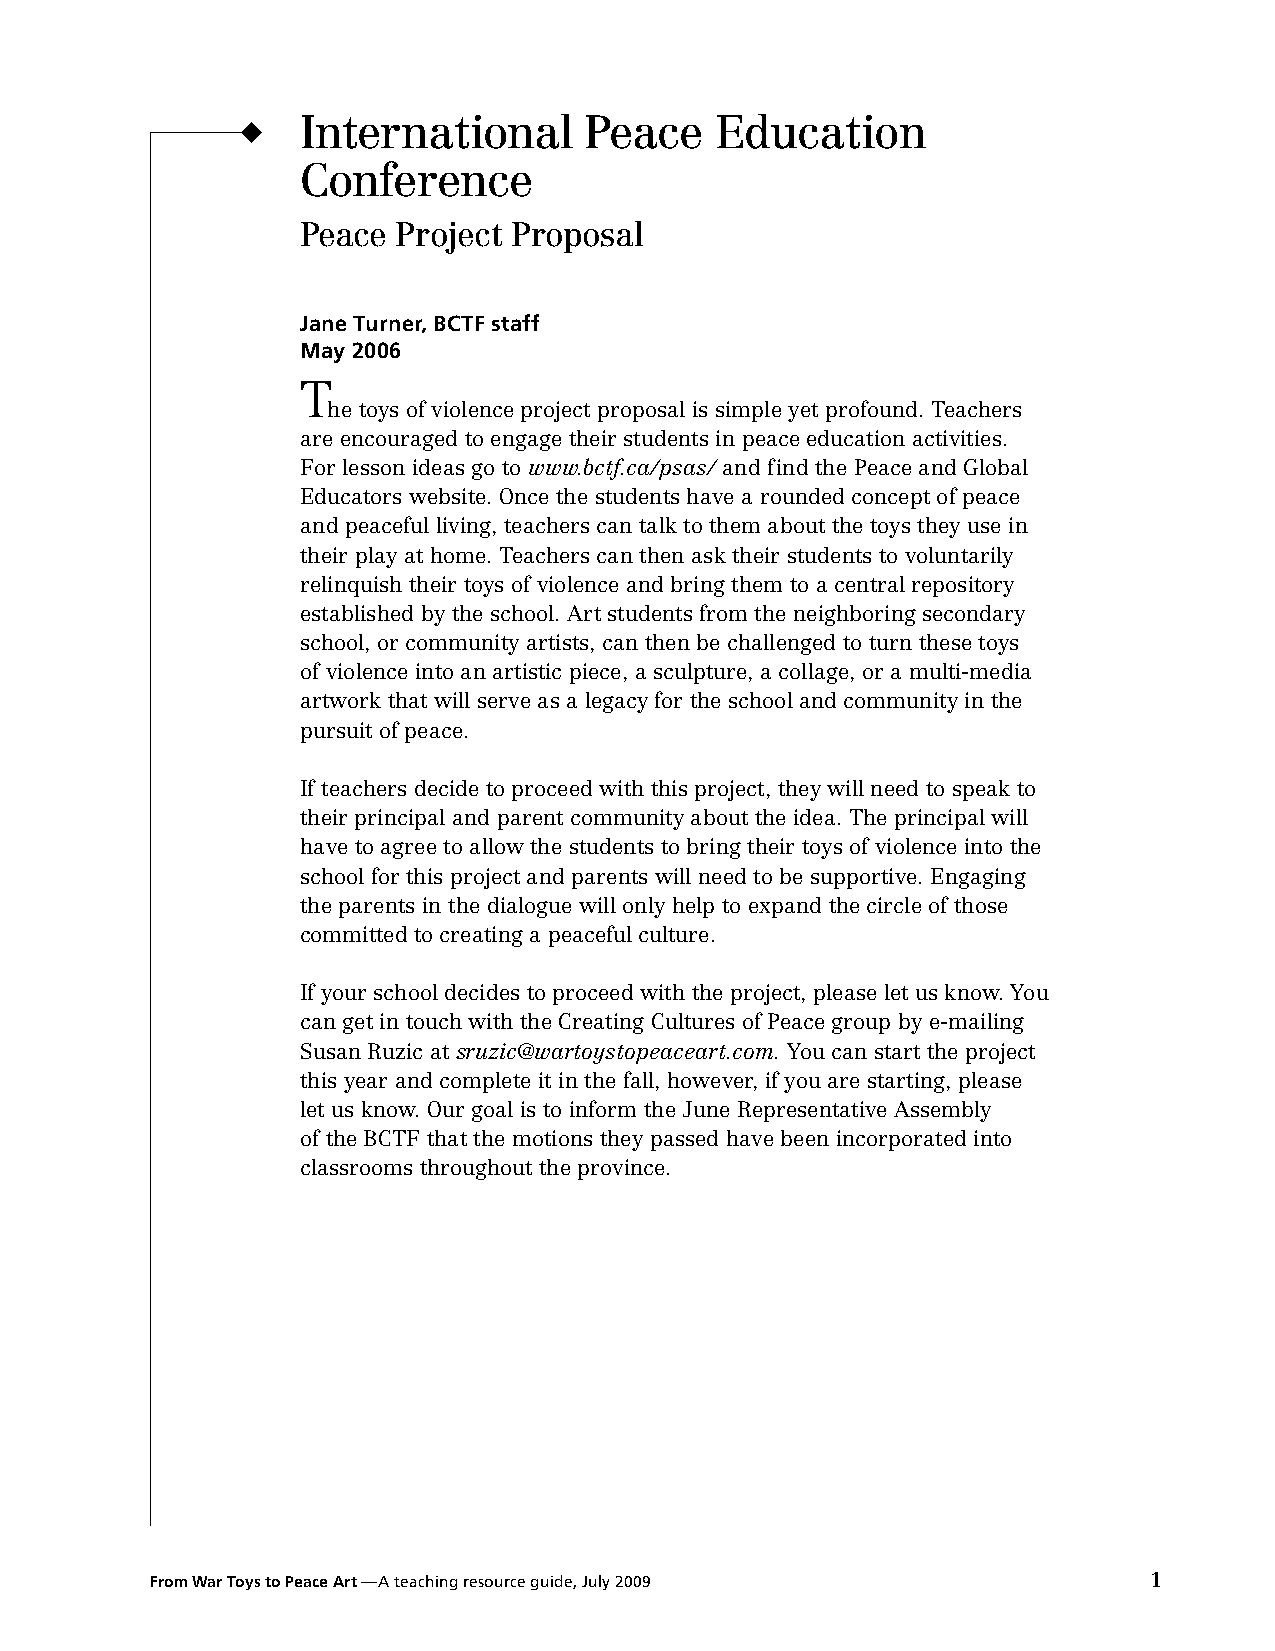
u   International      Peace   Education
 Conference
 Peace Project Proposal
 Jane Turner, BCTF staff
 May 2006
 T
 he toys of violence project proposal is simple yet profound. Teachers
 are encouraged to engage their students in peace education activities.
 For lesson ideas go to www.bctf.ca/psas/ and find the Peace and Global
 Educators website. Once the students have a rounded concept of peace
 and peaceful living, teachers can talk to them about the toys they use in
 their play at home. Teachers can then ask their students to voluntarily
 relinquish their toys of violence and bring them to a central repository
 established by the school. Art students from the neighboring secondary
 school, or community artists, can then be challenged to turn these toys
 of violence into an artistic piece, a sculpture, a collage, or a multi-media
 artwork that will serve as a legacy for the school and community in the
 pursuit of peace.
 If teachers decide to proceed with this project, they will need to speak to
 their principal and parent community about the idea. The principal will
 have to agree to allow the students to bring their toys of violence into the
 school for this project and parents will need to be supportive. Engaging
 the parents in the dialogue will only help to expand the circle of those
 committed to creating a peaceful culture.
 If your school decides to proceed with the project, please let us know. You
 can get in touch with the Creating Cultures of Peace group by e-mailing
 Susan Ruzic at sruzic@wartoystopeaceart.com. You can start the project
 this year and complete it in the fall, however, if you are starting, please
 let us know. Our goal is to inform the June Representative Assembly
 of the BCTF that the motions they passed have been incorporated into
 classrooms throughout the province.
 From War Toys to Peace Art —A teaching resource guide, July 2009  1